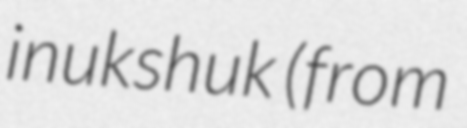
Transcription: inukshuk (from